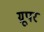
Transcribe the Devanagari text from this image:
ग्रूपर